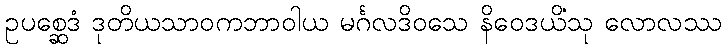
ဥပစ္ဆေဒံ ဒုတိယသာဝကဘာဝါယ မင်္ဂလဒိဝသေ နိဝေဒယိံသု လောလဿ